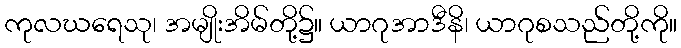
ကုလဃရေသု၊ အမျိုးအိမ်တို့၌။ ယာဂုအာဒီနိ၊ ယာဂုစသည်တို့ကို။